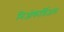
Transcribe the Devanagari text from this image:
मिओकार्डिअल